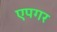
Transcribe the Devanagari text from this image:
एपगर